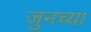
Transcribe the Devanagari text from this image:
जुनच्या